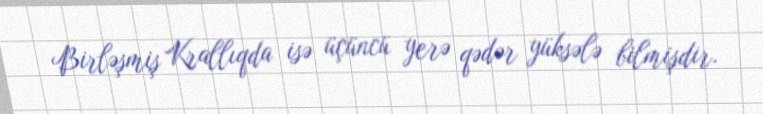
Birləşmiş Krallıqda isə üçüncü yerə qədər yüksələ bilmişdir.